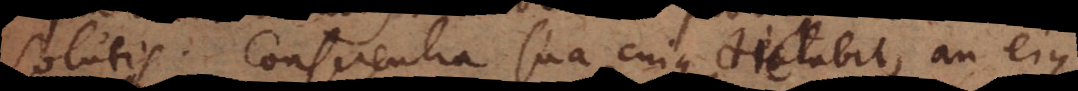
solutis. Conscientia sua cuique dictabit, an ejus